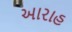
આરાહ